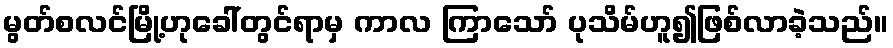
မွတ်စလင်မြို့ဟုခေါ်တွင်ရာမှ ကာလ ကြာသော် ပုသိမ်ဟူ၍ဖြစ်လာခဲ့သည်။